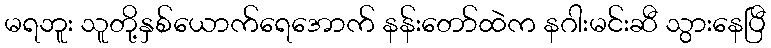
မရဘူး သူတို့နှစ်ယောက်ရေအောက် နန်းတော်ထဲက နဂါးမင်းဆီ သွားနေပြီ